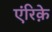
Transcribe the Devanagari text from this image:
एंरिक़े